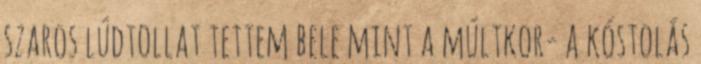
szaros lúdtollat tettem bele mint a múltkor- a kóstolás